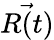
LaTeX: \vec{R(t)}